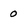
Character: 0